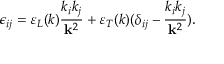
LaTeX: \epsilon _ { i j } = \varepsilon _ { L } ( k ) { \frac { k _ { i } k _ { j } } { { \bf k } ^ { 2 } } } + \varepsilon _ { T } ( k ) ( \delta _ { i j } - { \frac { k _ { i } k _ { j } } { { \bf k } ^ { 2 } } } ) .